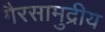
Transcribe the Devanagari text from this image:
गैरसामुद्रीय